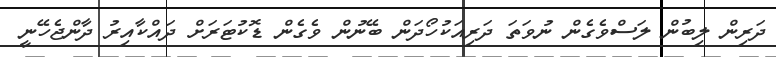
ދަރިން ލިބުން ލަސްވެގެން ނުވަތަ ދަރިއަކުހޯދަން ބޭނުން ވެގެން ޑޮކުޓަރަށް ދައްކާއިރު ދާންޖެހޭނީ